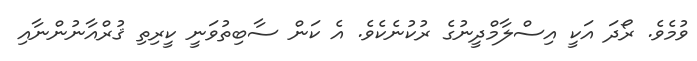
ވުމެވެ. ރޯދަ އަކީ އިސްލާމްދީނުގެ ރުކުނެކެވެ. އެ ކަން ސާބިތުވަނީ ކީރިތި ޤުރްއާނުންނާއި